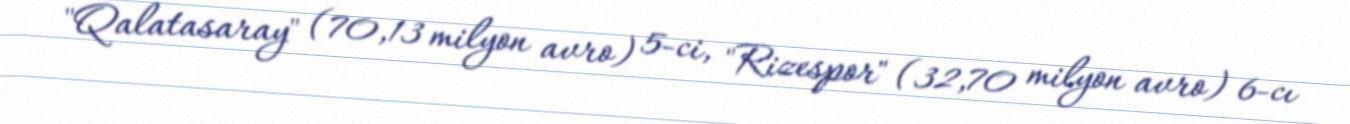
"Qalatasaray" (70,13 milyon avro) 5-ci, "Rizespor" (32,70 milyon avro) 6-cı